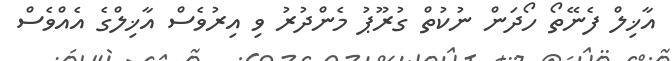
އާޚިލް ފެނޭތޯ ހޯދަން ނުކުތް ގުރޫޕު މެންދުރު ވި އިރުވެސް އާޚިލްގެ އެއްވެސް